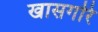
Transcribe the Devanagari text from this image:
खासगरि